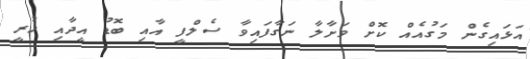
އަޅައިގެން މަގުއެއް ކޮށް ވަށާލާ ނަގާފައިވާ ސެލްފީ އާއި ބޮޑު އީދާއި ހުރީ